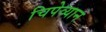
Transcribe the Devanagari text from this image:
चिपेव्यान